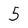
Character: 5